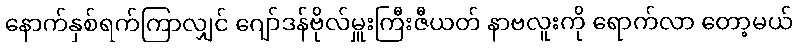
နောက်နှစ်ရက်ကြာလျှင် ဂျော်ဒန်ဗိုလ်မှူးကြီးဇီယတ် နာဗလူးကို ရောက်လာ တော့မယ်